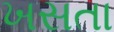
ખસતા